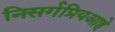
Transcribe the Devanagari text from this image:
निसर्गप्रियआहे